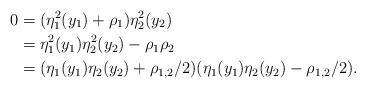
LaTeX: \begin{align*}0 & = (\eta_1^2(y_1)+ \rho_1)\eta_2^2(y_2) \\ & = \eta_1^2(y_1)\eta_2^2(y_2)-\rho_1\rho_2 \\ & = (\eta_1(y_1)\eta_2(y_2) + \rho_{1,2}/2)(\eta_1(y_1)\eta_2(y_2) - \rho_{1,2}/2).\end{align*}